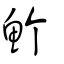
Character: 𩵜